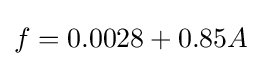
f=0.0028+0.85A